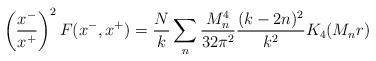
LaTeX: \begin{align*}\left({x^- \over x^+}\right)^2 F(x^-,x^+)= {N \over k} \sum_n {M_n^4 \over 32 \pi^2} {(k-2n)^2 \over k^2} K_4(M_n r)\end{align*}